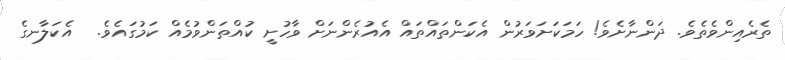
ތެރެއިންވެތެވެ. ދަންނާށެވެ! ހަމަކަށަވަރުން އެކަންތައްތައް އެއުރެންނަށް ވާހުށީ ކުއްތަންވުމެއް ކަމުގައެވެ.  އެކަލާނގެ